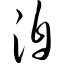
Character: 洎